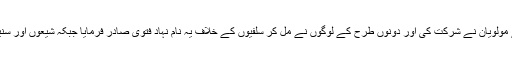
اس کانفرنس کا مزید ایک تعجب خیز پہلو یہ بھی ہے کہ اس میں سنی اور شیعی ہر طرح کے مولویان نے شرکت کی اور دونوں طرح کے لوگوں نے مل کر سلفیوں کے خلاف یہ نام نہاد فتویٰ صادر فرمایا جبکہ شیعوں اور سنیوں کے مابین عقیدے اور فکر کے لحاظ سے کس قدر خلاء اور بعد ہے، وہ سب پر عیاں ہے۔